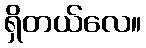
ရှိတယ်လေ။